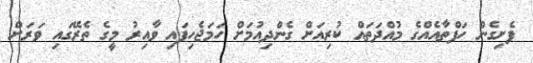
ފެށިގެން ހަފްތާއެއްގެ މުއްދަތައް ކުރިއަށް ގެންދިއުމަށް ހަމަޖެހިފައި ވާއިރު މީގެ ތެރޭގައި ވަރަށް